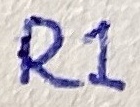
Text: R1